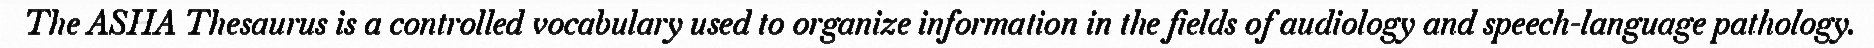
The ASHA Thesaurus is a controlled vocabulary used to organize information in the fields of audiology and speech-language pathology.